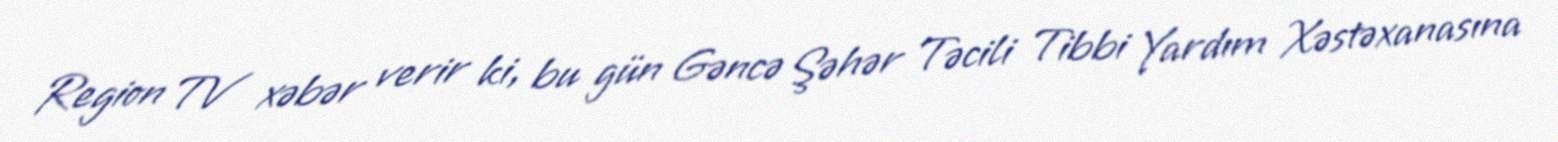
Region TV xəbər verir ki, bu gün Gəncə Şəhər Təcili Tibbi Yardım Xəstəxanasına